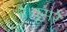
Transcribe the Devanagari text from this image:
है।दूसरे